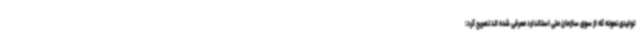
تولیدی نمونه که از سوی سازمان ملی استاندارد معرفی شده اند تصریح کرد: